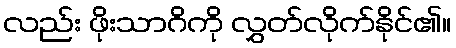
လည်း ဖိုးသာဂိကို လွှတ်လိုက်နိုင်၏။